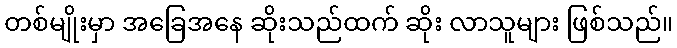
တစ်မျိုးမှာ အခြေအနေ ဆိုးသည်ထက် ဆိုး လာသူများ ဖြစ်သည်။